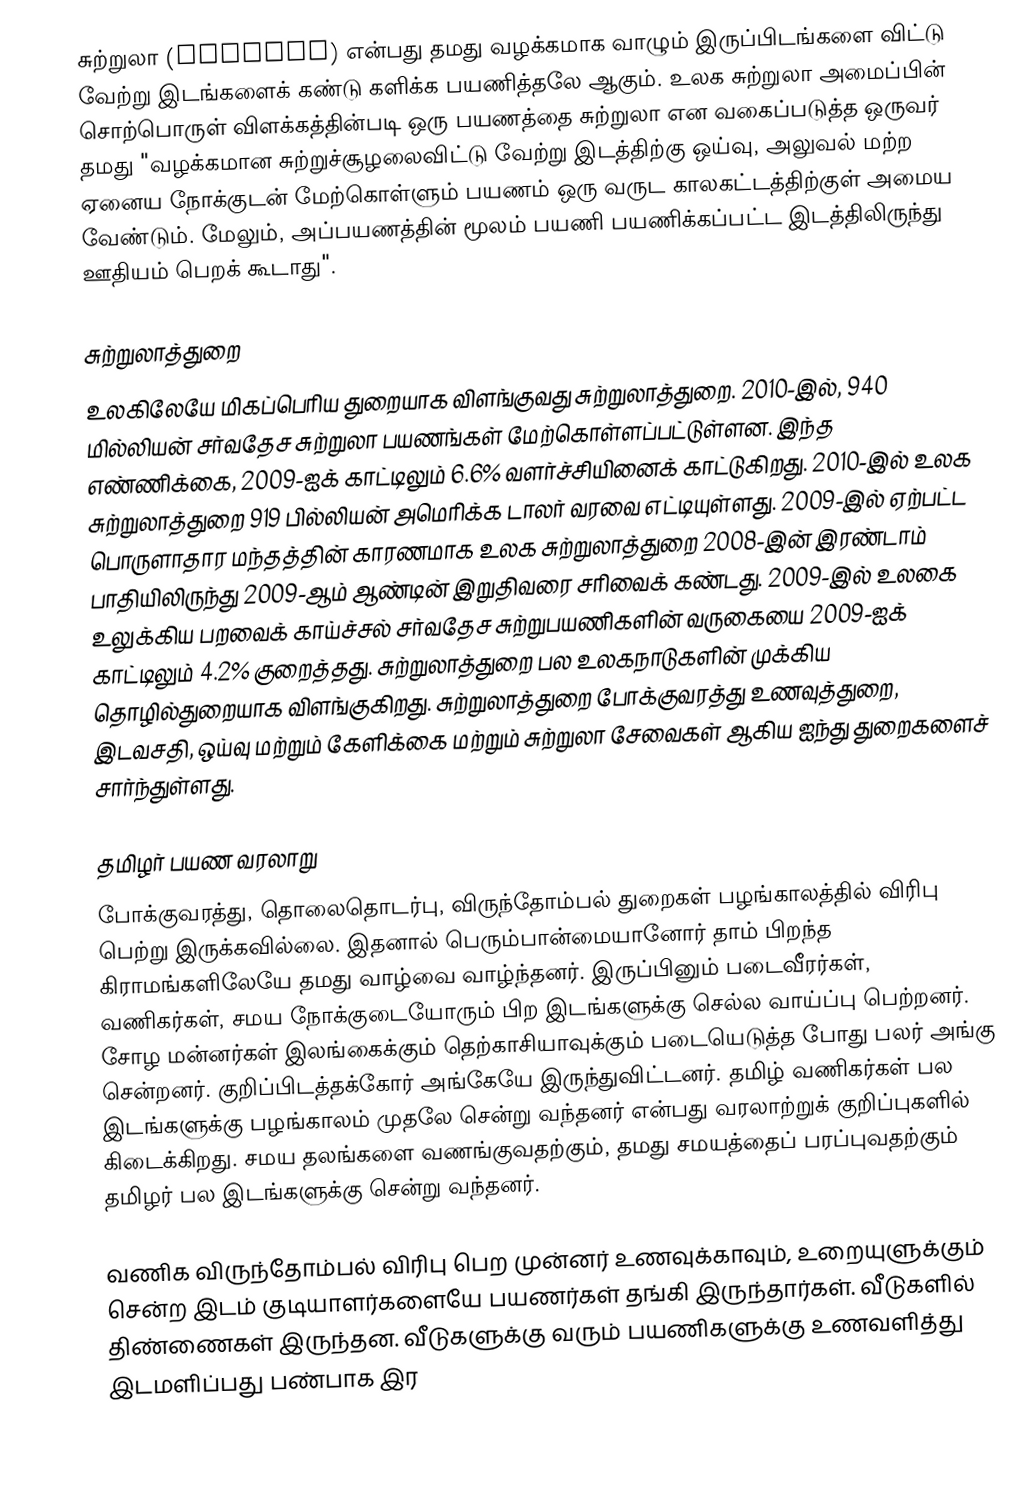
சுற்றுலா (tourism) என்பது தமது வழக்கமாக வாழும் இருப்பிடங்களை விட்டு வேற்று இடங்களைக் கண்டு களிக்க பயணித்தலே ஆகும். உலக சுற்றுலா அமைப்பின் சொற்பொருள் விளக்கத்தின்படி ஒரு பயணத்தை சுற்றுலா என வகைப்படுத்த ஒருவர் தமது "வழக்கமான சுற்றுச்சூழலைவிட்டு வேற்று இடத்திற்கு ஒய்வு, அலுவல் மற்ற ஏனைய நோக்குடன் மேற்கொள்ளும் பயணம் ஒரு வருட காலகட்டத்திற்குள் அமைய வேண்டும். மேலும், அப்பயணத்தின் மூலம் பயணி பயணிக்கப்பட்ட இடத்திலிருந்து ஊதியம் பெறக் கூடாது".

சுற்றுலாத்துறை
உலகிலேயே மிகப்பெரிய துறையாக விளங்குவது சுற்றுலாத்துறை. 2010-இல், 940 மில்லியன் சர்வதேச சுற்றுலா பயணங்கள் மேற்கொள்ளப்பட்டுள்ளன. இந்த எண்ணிக்கை, 2009-ஐக் காட்டிலும் 6.6% வளர்ச்சியினைக் காட்டுகிறது. 2010-இல் உலக சுற்றுலாத்துறை 919 பில்லியன் அமெரிக்க டாலர் வரவை எட்டியுள்ளது. 2009-இல் ஏற்பட்ட பொருளாதார மந்தத்தின் காரணமாக உலக சுற்றுலாத்துறை 2008-இன் இரண்டாம் பாதியிலிருந்து 2009-ஆம் ஆண்டின் இறுதிவரை சரிவைக் கண்டது. 2009-இல் உலகை உலுக்கிய பறவைக் காய்ச்சல் சர்வதேச சுற்றுபயணிகளின் வருகையை 2009-ஐக் காட்டிலும் 4.2% குறைத்தது. சுற்றுலாத்துறை பல உலகநாடுகளின் முக்கிய தொழில்துறையாக விளங்குகிறது. சுற்றுலாத்துறை போக்குவரத்து உணவுத்துறை, இடவசதி, ஒய்வு மற்றும் கேளிக்கை மற்றும் சுற்றுலா சேவைகள் ஆகிய ஐந்து துறைகளைச் சார்ந்துள்ளது.

தமிழர் பயண வரலாறு
போக்குவரத்து, தொலைதொடர்பு, விருந்தோம்பல் துறைகள் பழங்காலத்தில் விரிபு பெற்று இருக்கவில்லை. இதனால் பெரும்பான்மையானோர் தாம் பிறந்த கிராமங்களிலேயே தமது வாழ்வை வாழ்ந்தனர். இருப்பினும் படைவீரர்கள், வணிகர்கள், சமய நோக்குடையோரும் பிற இடங்களுக்கு செல்ல வாய்ப்பு பெற்றனர். சோழ மன்னர்கள் இலங்கைக்கும் தெற்காசியாவுக்கும் படையெடுத்த போது பலர் அங்கு சென்றனர். குறிப்பிடத்தக்கோர் அங்கேயே இருந்துவிட்டனர். தமிழ் வணிகர்கள் பல இடங்களுக்கு பழங்காலம் முதலே சென்று வந்தனர் என்பது வரலாற்றுக் குறிப்புகளில் கிடைக்கிறது. சமய தலங்களை வணங்குவதற்கும், தமது சமயத்தைப் பரப்புவதற்கும் தமிழர் பல இடங்களுக்கு சென்று வந்தனர்.

வணிக விருந்தோம்பல் விரிபு பெற முன்னர் உணவுக்காவும், உறையுளுக்கும் சென்ற இடம் குடியாளர்களையே பயணர்கள் தங்கி இருந்தார்கள். வீடுகளில் திண்ணைகள் இருந்தன. வீடுகளுக்கு வரும் பயணிகளுக்கு உணவளித்து இடமளிப்பது பண்பாக இர